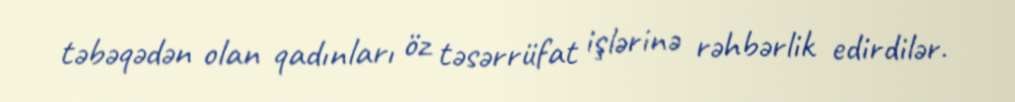
təbəqədən olan qadınları öz təsərrüfat işlərinə rəhbərlik edirdilər.